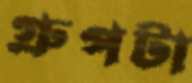
গ্রুপটা